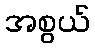
အစွယ်